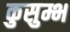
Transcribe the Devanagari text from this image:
कुसुम्भ